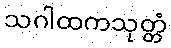
သဂါထကသုတ္တံ